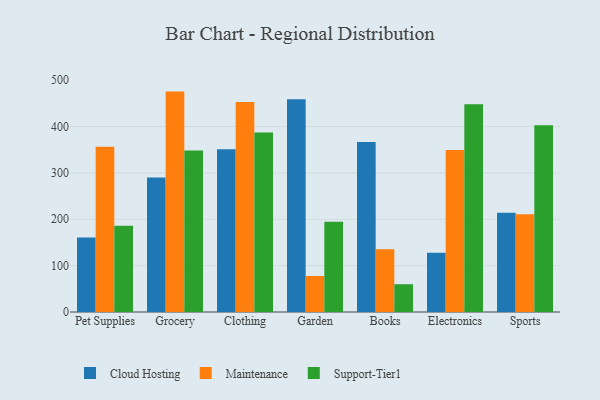
{"axis": {"x": "Category", "y": "Shipments"}, "legend": ["Cloud Hosting", "Maintenance", "Support-Tier1"], "data": [{"x": "Pet Supplies", "y": 160.5, "type": "Cloud Hosting"}, {"x": "Pet Supplies", "y": 356.2, "type": "Maintenance"}, {"x": "Pet Supplies", "y": 185.9, "type": "Support-Tier1"}, {"x": "Grocery", "y": 289.9, "type": "Cloud Hosting"}, {"x": "Grocery", "y": 475.4, "type": "Maintenance"}, {"x": "Grocery", "y": 348.4, "type": "Support-Tier1"}, {"x": "Clothing", "y": 351.3, "type": "Cloud Hosting"}, {"x": "Clothing", "y": 453.2, "type": "Maintenance"}, {"x": "Clothing", "y": 387.1, "type": "Support-Tier1"}, {"x": "Garden", "y": 458.7, "type": "Cloud Hosting"}, {"x": "Garden", "y": 77.7, "type": "Maintenance"}, {"x": "Garden", "y": 194.6, "type": "Support-Tier1"}, {"x": "Books", "y": 366.8, "type": "Cloud Hosting"}, {"x": "Books", "y": 135.2, "type": "Maintenance"}, {"x": "Books", "y": 59.9, "type": "Support-Tier1"}, {"x": "Electronics", "y": 127.7, "type": "Cloud Hosting"}, {"x": "Electronics", "y": 349.5, "type": "Maintenance"}, {"x": "Electronics", "y": 448.3, "type": "Support-Tier1"}, {"x": "Sports", "y": 214.2, "type": "Cloud Hosting"}, {"x": "Sports", "y": 210.9, "type": "Maintenance"}, {"x": "Sports", "y": 402.8, "type": "Support-Tier1"}]}